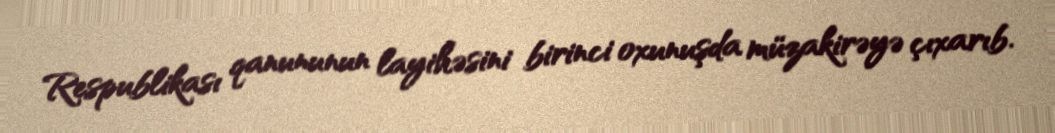
Respublikası qanununun layihəsini birinci oxunuşda müzakirəyə çıxarıb.